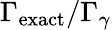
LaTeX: \Gamma_{\mathrm{exact}}/\Gamma_{\gamma}